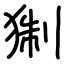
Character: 猘